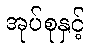
အုပ်စုနှင့်